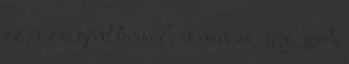
az is oxigént termel, és nem is csúf. A